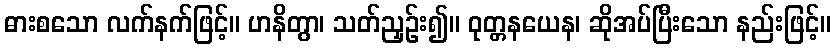
ဓားစသော လက်နက်ဖြင့်။ ဟနိတွာ၊ သတ်ညှဉ်း၍။ ဝုတ္တနယေန၊ ဆိုအပ်ပြီးသော နည်းဖြင့်။